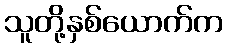
သူတို့နှစ်ယောက်က